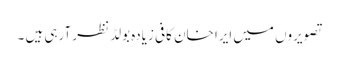
تصویروں میں ایرا خان کافی زیادہ بولڈ نظر آرہی ہیں ۔